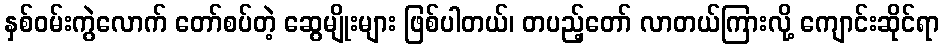
နှစ်ဝမ်းကွဲလောက် တော်စပ်တဲ့ ဆွေမျိုးများ ဖြစ်ပါတယ်၊ တပည့်တော် လာတယ်ကြားလို့ ကျောင်းဆိုင်ရာ